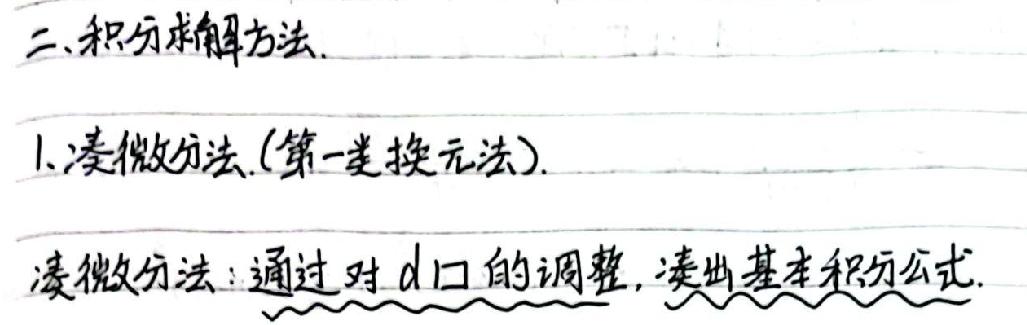
二、积分求解方法.
1. 凑微分法. (第一类换元法).
凑微分法：通过对 d 口的调整，凑出基本积分公式.